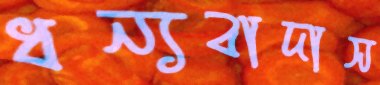
ধন্যবাদাস